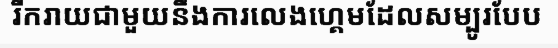
រីករាយជាមួយនឹងការលេងហ្គេមដែលសម្បូរបែប